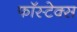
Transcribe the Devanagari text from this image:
फॉस्टेक्स